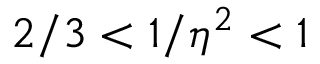
2 / 3 < 1 / \eta ^ { 2 } < 1